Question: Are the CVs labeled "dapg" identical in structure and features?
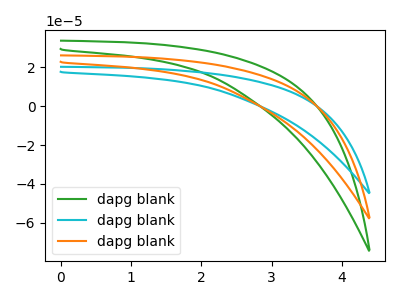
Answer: <think>The green curve "dapg blank1" has no peaks. The cyan curve "dapg blank2" has no peaks. The orange curve "dapg blank3" has no peaks.
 Neither "dapg blank1" or "dapg blank2" have any peaks. Neither "dapg blank1" or "dapg blank3" have any peaks. Neither "dapg blank2" or "dapg blank3" have any peaks.</think>
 <answer>All the CV's of "dapg" have similar shape.</answer>
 <eval>follow_rule</eval>